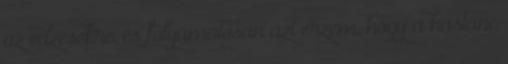
az edzésekre, és folyamatosan azt érzem, hogy a hastánc